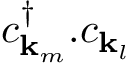
c _ { \mathbf { k } _ { m } } ^ { \dagger } . c _ { \mathbf { k } _ { l } }